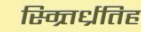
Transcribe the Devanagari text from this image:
स्म्र्तिर्ध्रतिह